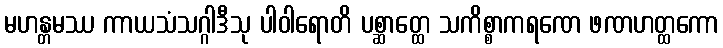
မဟန္တမဿ ကာယသံသဂ္ဂါဒီသု ပါဝါရောတိ ပစ္ဆာတ္ထေ သကိစ္စာကရဏေ ဖဏဟတ္ထကော